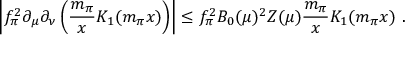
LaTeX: \left| f _ { \pi } ^ { 2 } \partial _ { \mu } \partial _ { \nu } \left( { \frac { m _ { \pi } } { x } } K _ { 1 } ( m _ { \pi } x ) \right) \right| \leq f _ { \pi } ^ { 2 } B _ { 0 } ( \mu ) ^ { 2 } Z ( \mu ) { \frac { m _ { \pi } } { x } } K _ { 1 } ( m _ { \pi } x ) \ .